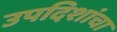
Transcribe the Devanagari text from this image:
उपदिशांचा